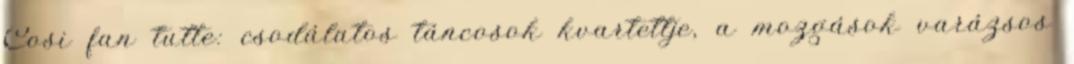
Cosi fan tutte: csodálatos táncosok kvartettje, a mozgások varázsos